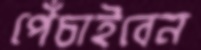
পেঁচাইবেন